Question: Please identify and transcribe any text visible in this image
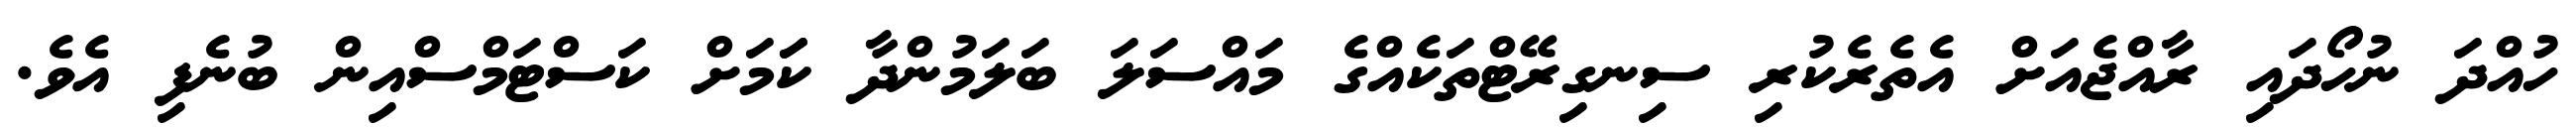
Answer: ހުއްދަ ނުހޯދައި ރާއްޖެއަށް އެތެރެކުރި ސިނގިރޭޓްތަކެއްގެ މައްސަލަ ބަލަމުންދާ ކަަމަށް ކަސްޓަމްސްއިން ބުނެފި އެވެ.